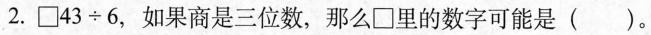
2.$$\Box 4 3 \div 6$$，如果商是三位数，那么\Box里的数字可能是( )。